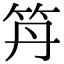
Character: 𥫼